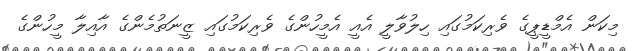
މިކަން އެމްޑީޕީގެ ވެރިކަމުގައި ހިލުވާލީ އެއީ އެމީހުންގެ ވެރިކަމުގައި ޒީނަތުމެންގެ އާއިލާ މީހުންގެ